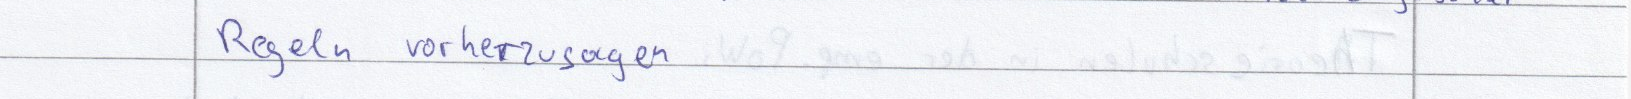
Regeln vorherzusagen